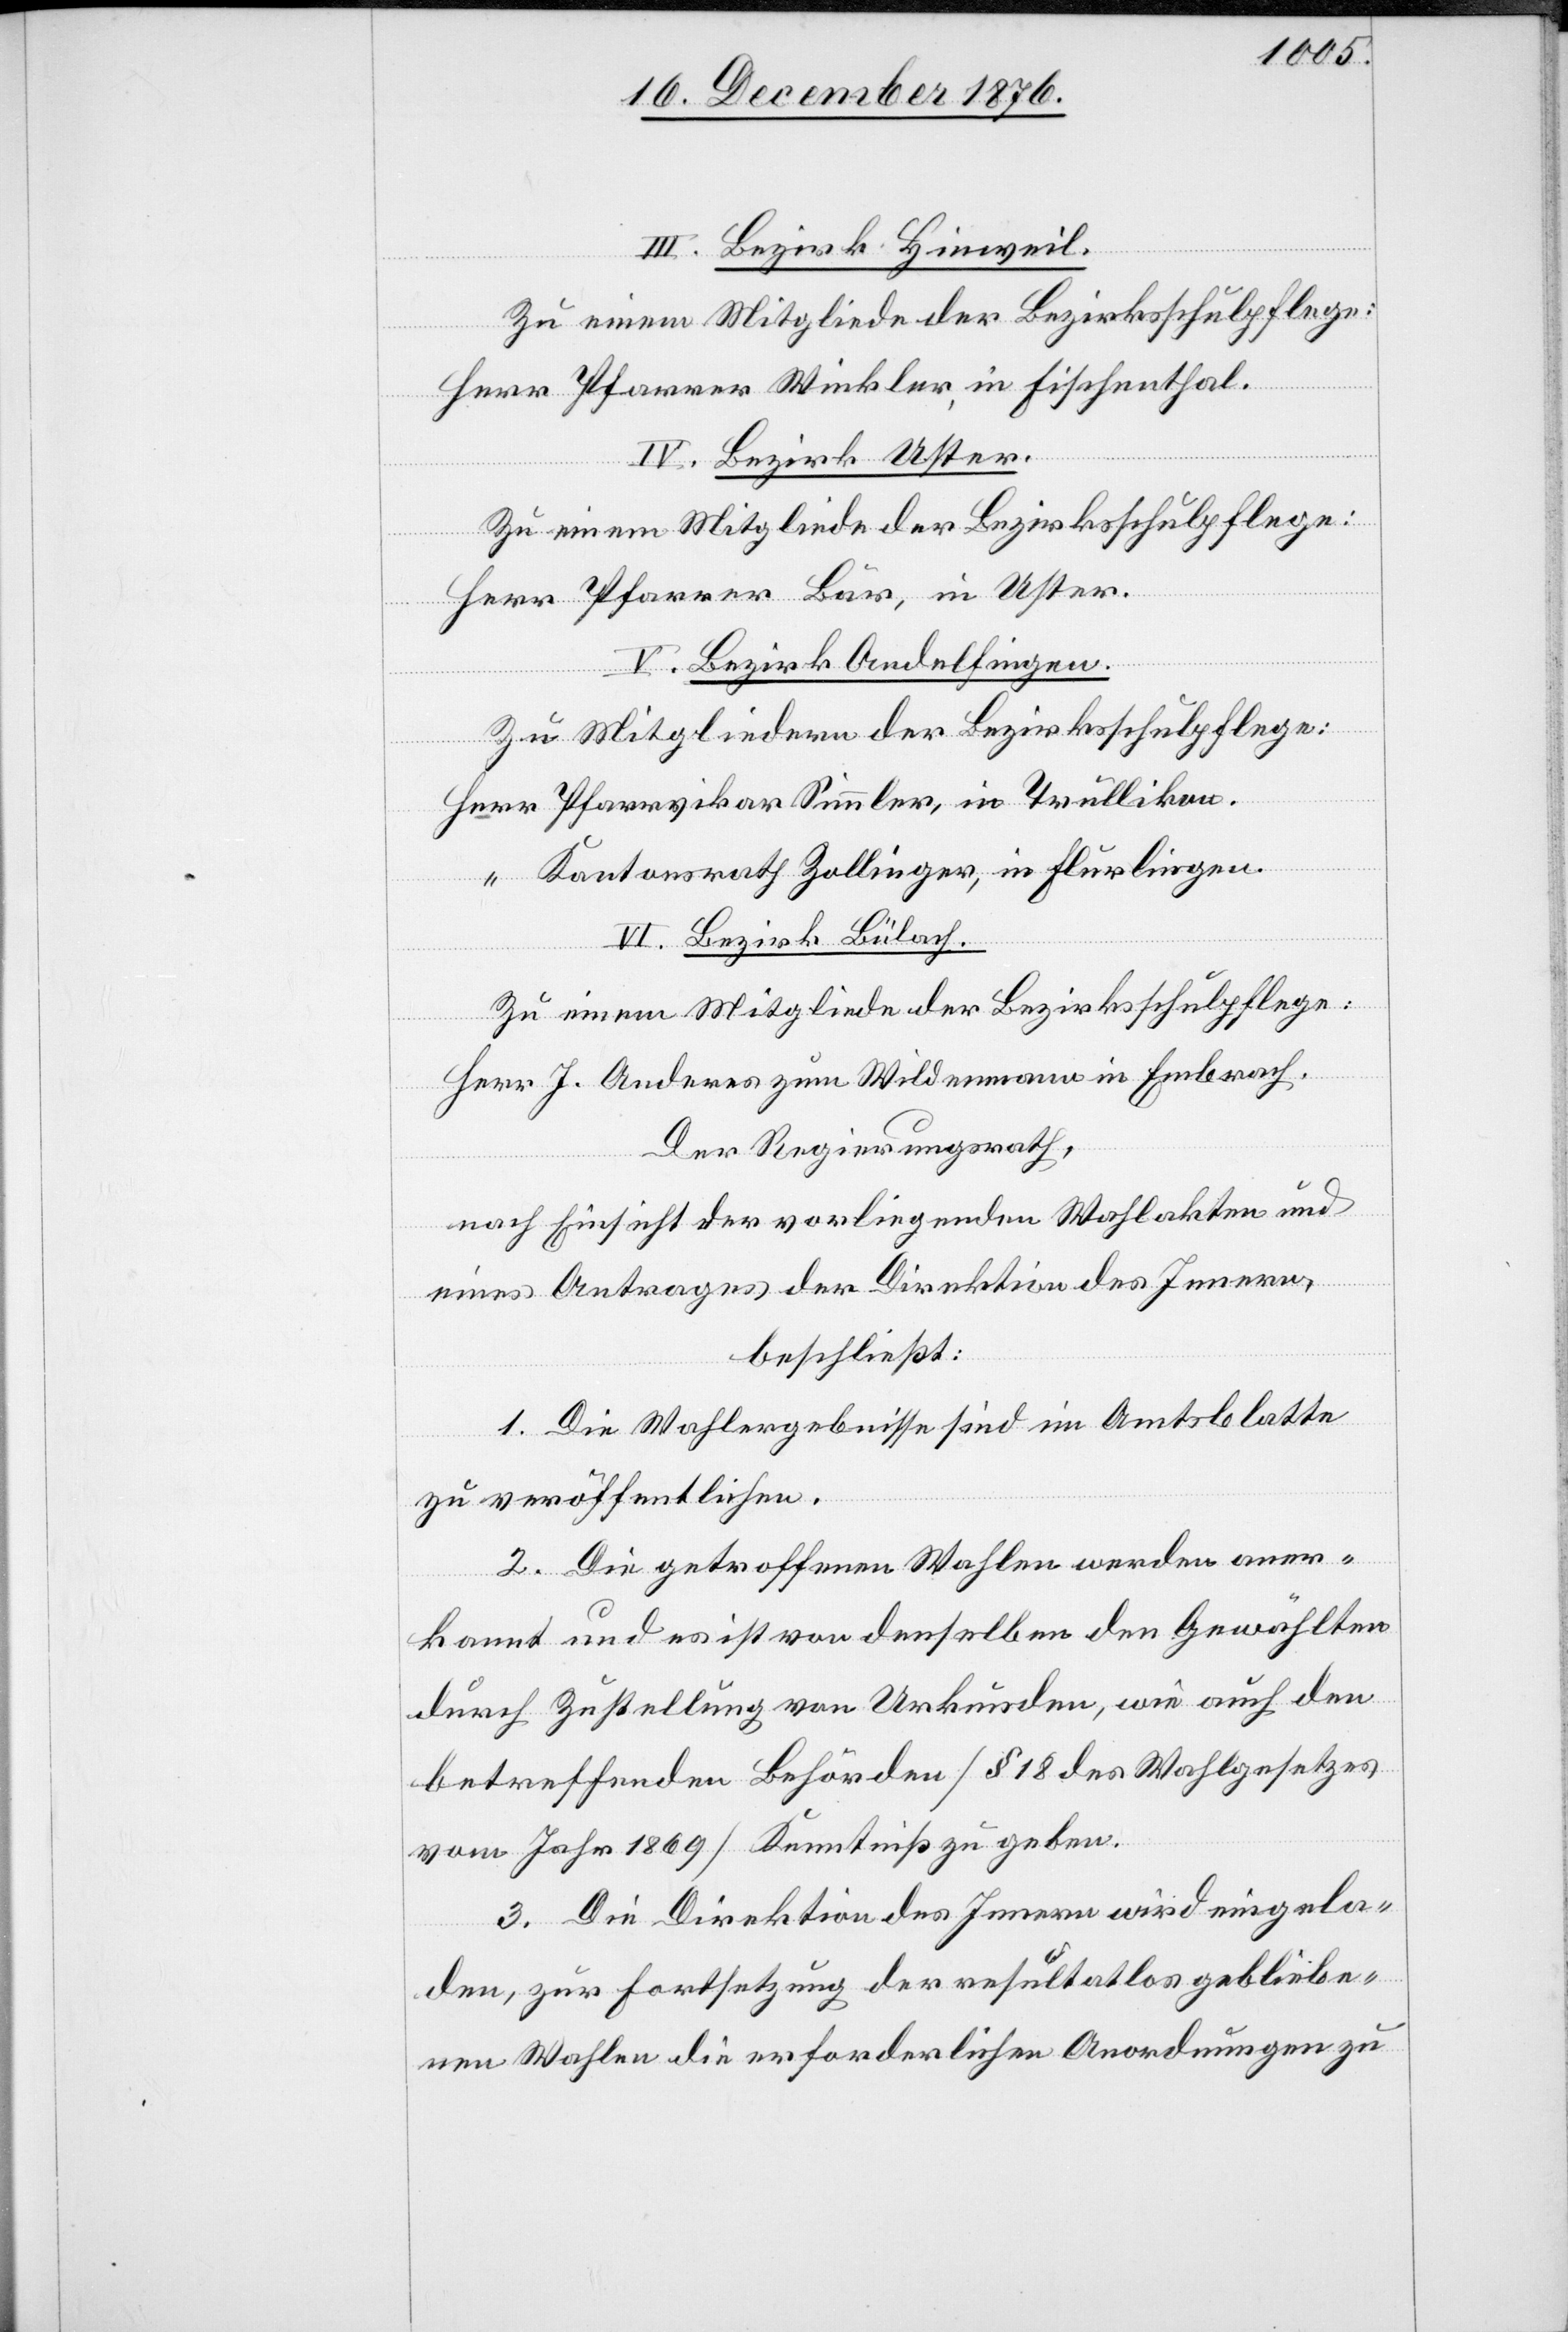
III. Bezirk Hinweil.
Zu einem Mitgliede der Bezirksschulpflege:
Herr Pfarrer Winkler, in Fischenthal.
IV. Bezirk Uster.
Zu einem Mitgliede der Bezirksschulpflege:
Herr Pfarrer Bär, in Uster.
V. Bezirk Andelfingen.
Zu Mitgliedern der Bezirksschulpflege:
Pfarrvikar Simmler, in Trüllikon.
Kantonsrath Zollinger, in Flurlingen
VI. Bezirk Bülach.
Zu einem Mitgliede der Bezirksschulpflege:
Herr J. Anderes zum Wildenmann in Embrach.
Der Regierungsrath,
nach Einsicht der vorliegenden Wahlakten und
eines Antrages der Direktion des Innern,
beschließt:
1. Die Wahlergebnisse sind im Amtsblatte
zu veröffentlichen.
2. Die getroffenen Wahlen werden aner¬
kannt und es ist von denselben den Gewählten
durch Zustellung von Urkunden, wie auch den
betreffenden Behörden [§ 18 des Wahlgesetzes
vom Jahr 1869] Kenntniß zu geben.
3. Die Direktion des Innern wird eingela¬
den, zur Fortsetzung der resultatlos gebliebe¬
nen Wahlen die erforderlichen Anordnungen zu